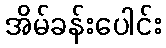
အိမ်ခန်းပေါင်း